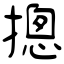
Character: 摠